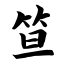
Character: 笪